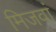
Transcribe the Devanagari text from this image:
मिजवां